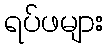
ရပ်ဖများ